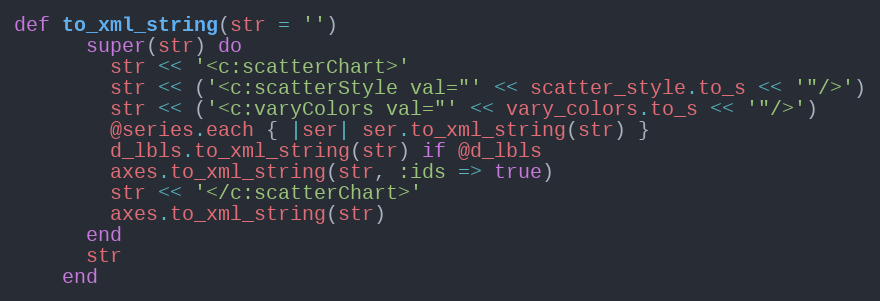
Language: Ruby
def to_xml_string(str = '')
      super(str) do
        str << '<c:scatterChart>'
        str << ('<c:scatterStyle val="' << scatter_style.to_s << '"/>')
        str << ('<c:varyColors val="' << vary_colors.to_s << '"/>')
        @series.each { |ser| ser.to_xml_string(str) }
        d_lbls.to_xml_string(str) if @d_lbls
        axes.to_xml_string(str, :ids => true)
        str << '</c:scatterChart>'
        axes.to_xml_string(str)
      end
      str
    end